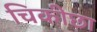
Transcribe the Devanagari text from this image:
चिकीछा